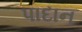
પાદાન